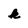
Character: k